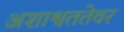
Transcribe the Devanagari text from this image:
अशाश्वततेवर